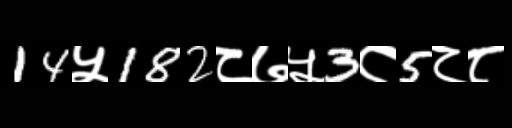
Text: 14५182८७५3८5८८